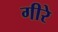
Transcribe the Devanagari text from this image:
गीरे